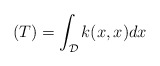
\begin{align*} (T) = \int_{\mathcal{D}}k(x,x)dx\end{align*}